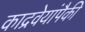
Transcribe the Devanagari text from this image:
काद्रवेयांपैकी